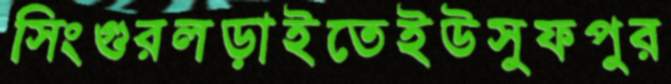
সিংগুরলড়াইতেইউসুফপুর